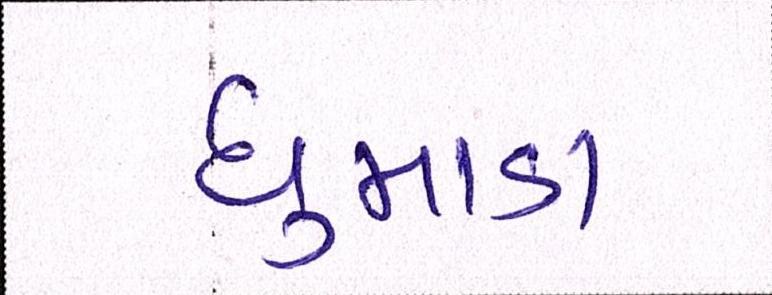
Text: ધુમાડા